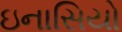
ઇનાસિયો